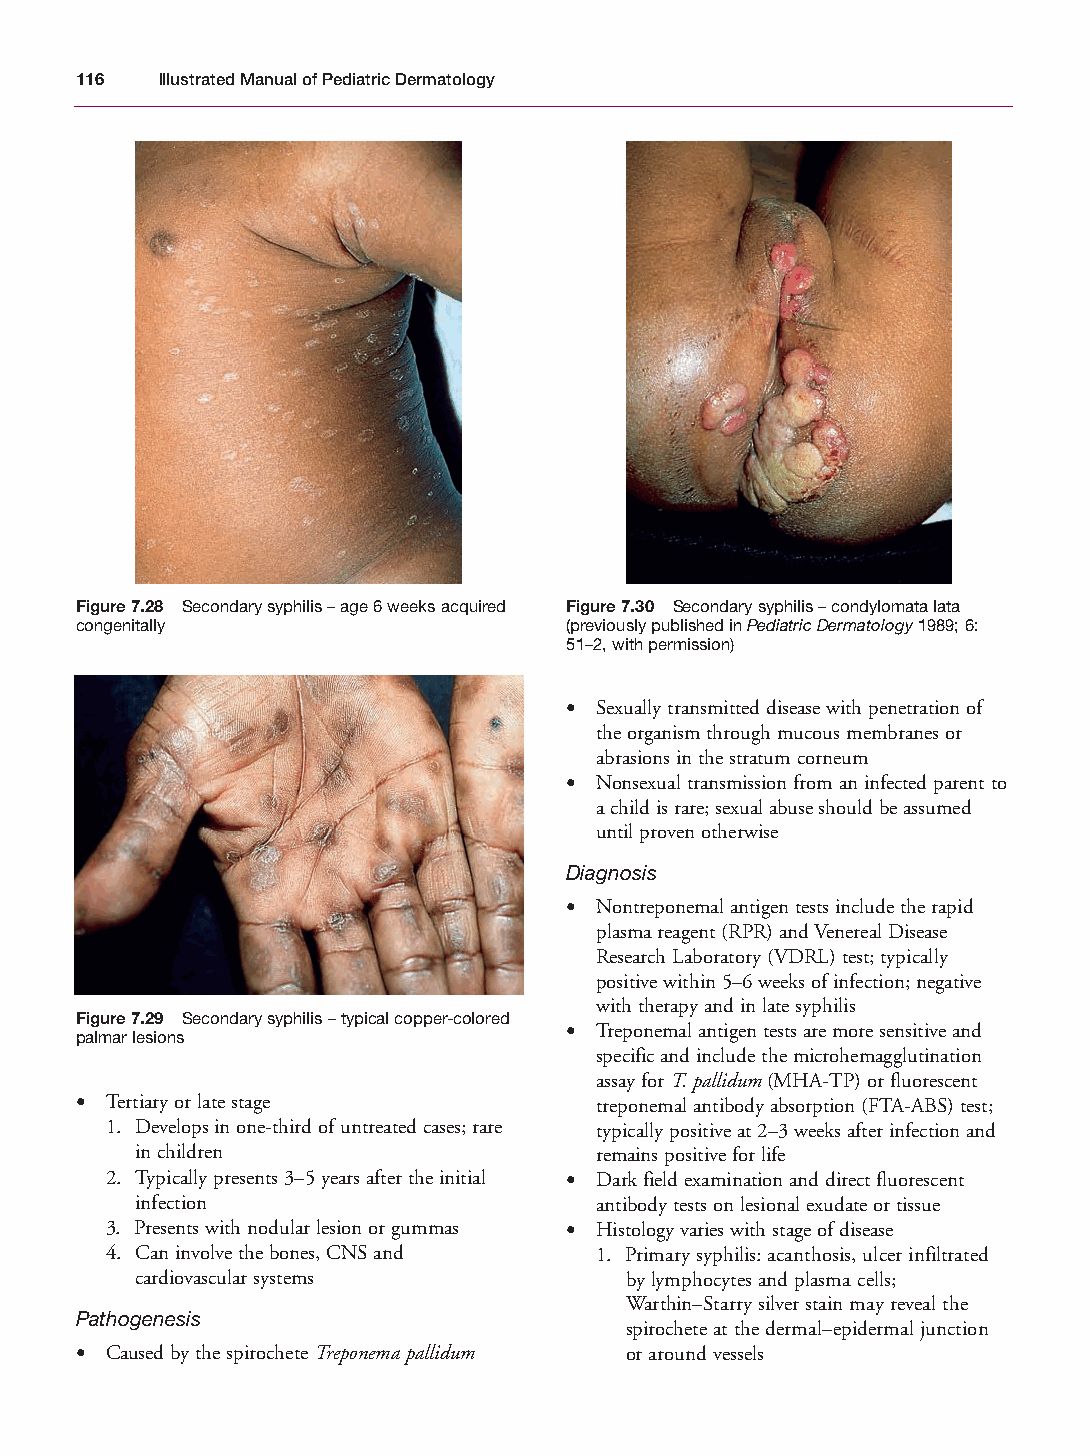
Mallory Chapter 07 27/1/05 1:50 pm Page 116
 116  Illustrated Manual of Pediatric Dermatology
 Figure 7.28 Secondary syphilis – age 6 weeks acquired Figure 7.30 Secondary syphilis – condylomata lata
 congenitally                    (previously published in Pediatric Dermatology1989; 6:
 51–2, with permission)
 • Sexually transmitted disease with penetration of
 the organism through mucous membranes or
 abrasions in the stratum corneum
 • Nonsexual transmission from an infected parent to
 a child is rare; sexual abuse should be assumed
 until proven otherwise
 Diagnosis
 • Nontreponemal antigen tests include the rapid
 plasma reagent (RPR) and Venereal Disease
 Research Laboratory (VDRL) test; typically
 positive within 5–6 weeks of infection; negative
 with therapy and in late syphilis
 Figure 7.29 Secondary syphilis – typical copper-colored
 • Treponemal antigen tests are more sensitive and
 palmar lesions
 specific and include the microhemagglutination
 assay for T. pallidum(MHA-TP) or fluorescent
 • Tertiary or late stage          treponemal antibody absorption (FTA-ABS) test;
 1. Develops in one-third of untreated cases; rare typically positive at 2–3 weeks after infection and
 in children                   remains positive for life
 2. Typically presents 3–5 years after the initial • Dark field examination and direct fluorescent
 infection                     antibody tests on lesional exudate or tissue
 3. Presents with nodular lesion or gummas • Histology varies with stage of disease
 4. Can involve the bones, CNS and 1. Primary syphilis: acanthosis, ulcer infiltrated
 cardiovascular systems          by lymphocytes and plasma cells;
 Warthin–Starry silver stain may reveal the
 Pathogenesis
 spirochete at the dermal–epidermal junction
 • Caused by the spirochete Treponema pallidum or around vessels